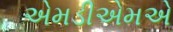
એમડીએમએ